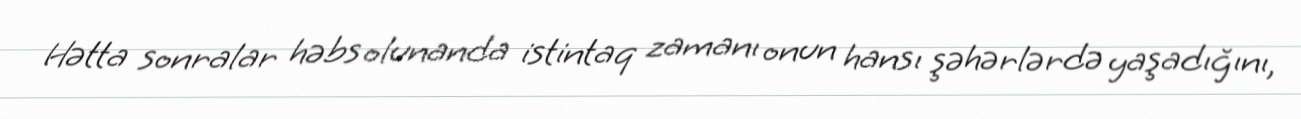
Hətta sonralar həbs olunanda istintaq zamanı onun hansı şəhərlərdə yaşadığını,